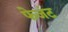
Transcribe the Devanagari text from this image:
फेजंट